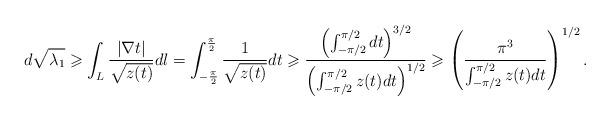
LaTeX: \begin{align*}\begin{aligned}d \sqrt{\lambda_{1}} & \geqslant \int_{L} \frac{| \nabla t |}{\sqrt{z(t)}} dl = \int_{- \frac{\pi}{2}}^{\frac{\pi}{2}} \frac{1}{\sqrt{z(t)}} dt \geqslant \frac{\left( \int_{- \pi / 2}^{\pi / 2} dt \right)^{3 / 2}}{\left( \int_{- \pi / 2}^{\pi / 2} z(t) dt \right)^{1 / 2}} \geqslant \left( \frac{\pi^{3}}{\int_{- \pi / 2}^{\pi / 2} z(t) dt} \right)^{1 / 2}.\end{aligned}\end{align*}